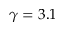
\gamma = 3 . 1